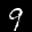
Label: 9